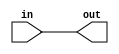
// Problem statement
// create a wire (in green) by adding an assign statement to connect in to out

// Solution: 
module top_module( input in, output out );
	assign out = in;
endmodule